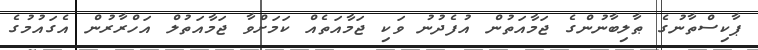
ޕާކިސްތާނުގެ ޠާލިބާނުންގެ ޖަމާއަތުން އުފެދުނު ވަކި ޖަމާއަތެއް ކަމަށްވާ ޖަމާއަތުލް އަހްރާރުން އެގައުމުގެ